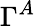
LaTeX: \Gamma^{A}